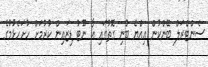
ސެންޓްރަލް ބޭންކުން އިއްޔެ ބުނި ގޮތުގައި އާ ނޫޓު ޑިޒައިން ކުރުމަށް ހުށަހެޅުމުގެ